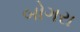
બોગરા